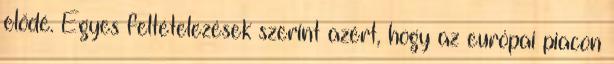
elődé. Egyes feltételezések szerint azért, hogy az európai piacon